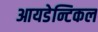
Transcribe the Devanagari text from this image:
आयडेन्टिकल